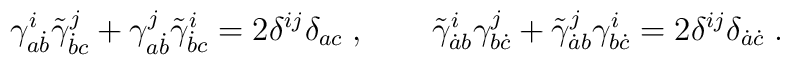
\gamma^i_{a\dot b}\tilde\gamma^j_{\dot b c} +  \gamma^j_{a\dot b}\tilde\gamma^i_{\dot b c} = 2\delta^{ij} \delta_{ac}\;, \qquad  \tilde\gamma^i_{\dot ab}\gamma^j_{b\dot c} + \tilde\gamma^j_{\dot ab}\gamma^i_{b\dot c} = 2\delta^{ij} \delta_{\dot a\dot c}\;.